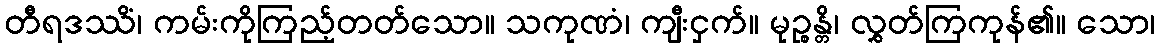
တီရဒဿိံ၊ ကမ်းကိုကြည့်တတ်သော။ သကုဏံ၊ ကျီးငှက်။ မုဉ္စန္တိ၊ လွှတ်ကြကုန်၏။ သော၊